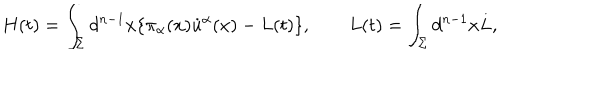
H ( t ) = \int _ { \Sigma } d ^ { n - 1 } x \{ \pi _ { \alpha } ( x ) { \dot { u } } ^ { \alpha } ( x ) - L ( t ) \} , \qquad L ( t ) = \int _ { \Sigma } d ^ { n - 1 } x { L } ,